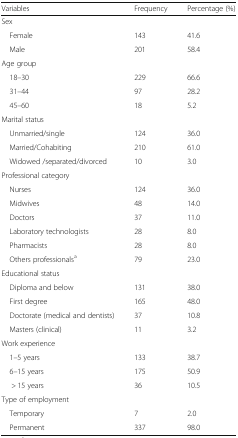
<table><thead><tr><td><b>Variables</b></td><td><b>Frequency</b></td><td><b>Percentage (%)</b></td></tr></thead><tbody><tr><td colspan="3">Sex</td></tr><tr><td> Female</td><td>143</td><td>41.6</td></tr><tr><td> Male</td><td>201</td><td>58.4</td></tr><tr><td colspan="3">Age group</td></tr><tr><td> 18–30</td><td>229</td><td>66.6</td></tr><tr><td> 31–44</td><td>97</td><td>28.2</td></tr><tr><td> 45–60</td><td>18</td><td>5.2</td></tr><tr><td colspan="3">Marital status</td></tr><tr><td> Unmarried/single</td><td>124</td><td>36.0</td></tr><tr><td> Married/Cohabiting</td><td>210</td><td>61.0</td></tr><tr><td> Widowed /separated/divorced</td><td>10</td><td>3.0</td></tr><tr><td colspan="3">Professional category</td></tr><tr><td> Nurses</td><td>124</td><td>36.0</td></tr><tr><td> Midwives</td><td>48</td><td>14.0</td></tr><tr><td> Doctors</td><td>37</td><td>11.0</td></tr><tr><td> Laboratory technologists</td><td>28</td><td>8.0</td></tr><tr><td> Pharmacists</td><td>28</td><td>8.0</td></tr><tr><td> Others professionals<sup>a</sup></td><td>79</td><td>23.0</td></tr><tr><td colspan="3">Educational status</td></tr><tr><td> Diploma and below</td><td>131</td><td>38.0</td></tr><tr><td> First degree</td><td>165</td><td>48.0</td></tr><tr><td> Doctorate (medical and dentists)</td><td>37</td><td>10.8</td></tr><tr><td> Masters (clinical)</td><td>11</td><td>3.2</td></tr><tr><td colspan="3">Work experience</td></tr><tr><td> 1–5 years</td><td>133</td><td>38.7</td></tr><tr><td> 6–15 years</td><td>175</td><td>50.9</td></tr><tr><td>&gt; 15 years</td><td>36</td><td>10.5</td></tr><tr><td colspan="3">Type of employment</td></tr><tr><td> Temporary</td><td>7</td><td>2.0</td></tr><tr><td> Permanent</td><td>337</td><td>98.0</td></tr></tbody></table>